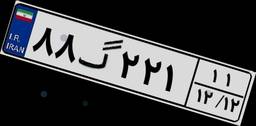
۸۸گ۲۲۱۱۱